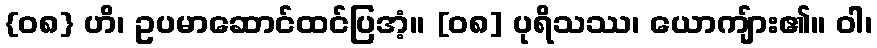
{၀၈} ဟိ၊ ဥပမာဆောင်ထင်ပြအံ့။ [၀၈] ပုရိသဿ၊ ယောကျ်ား၏။ ဝါ၊